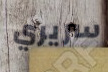
سريري